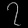
Digit: ၇